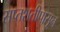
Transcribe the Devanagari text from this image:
सप्तशतीपासून